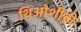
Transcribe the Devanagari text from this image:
थिओशीही